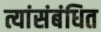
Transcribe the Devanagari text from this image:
त्यांसंबंधित